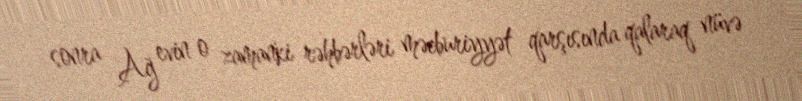
sonra Ağ evin o zamanki rəhbərləri məcburiyyət qarşısında qalaraq nüvə